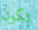
تكون